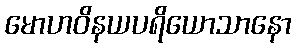
မောဟဝိနယပရိယောသာနော